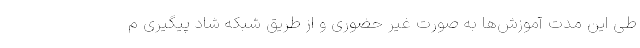
طی این مدت آموزش‌ها به صورت غیر حضوری و از طریق شبکه شاد پیگیری م